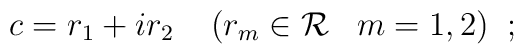
c = r_{1} + i r_{2} \; \; \; \;(r_{m} \in {\cal R} \; \; \; m=1,2) \; \; ;